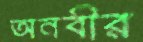
অনবীর